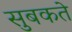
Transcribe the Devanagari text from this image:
सुबकते